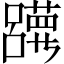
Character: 𡄀